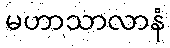
မဟာသာလာနံ